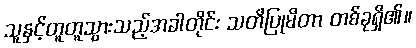
သူနှင့်တူတူသွားသည့်အခါတိုင်း သတိပြုမိတာ တစ်ခုရှိ၏။